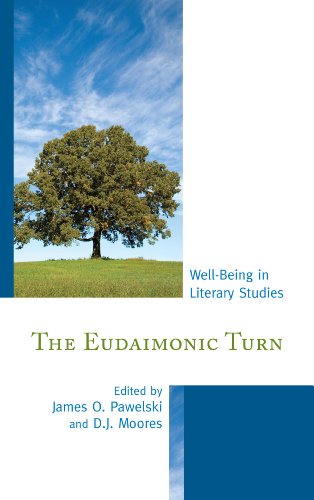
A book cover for The Eudaimonic Turn: Well-Being in Literary Studies; Gay & Lesbian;